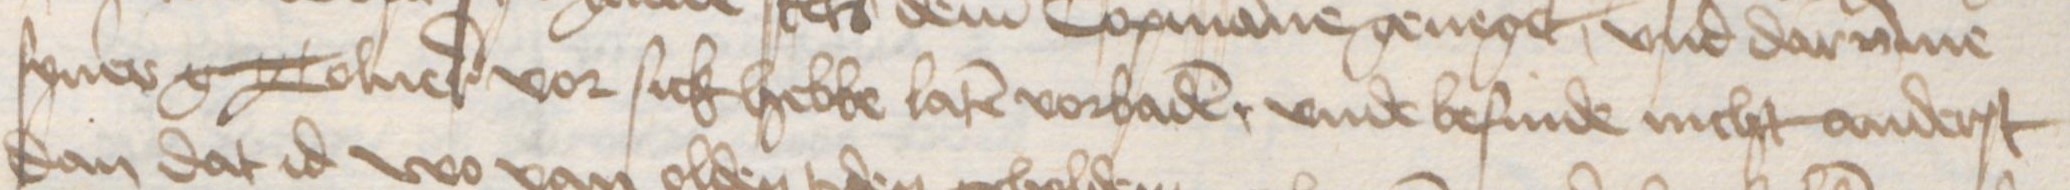
Transcription: syner g Tolner vor sick hebbe laten vorbaden, vnde befinde nicht anderst